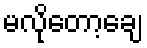
မလိုတော့ချေ